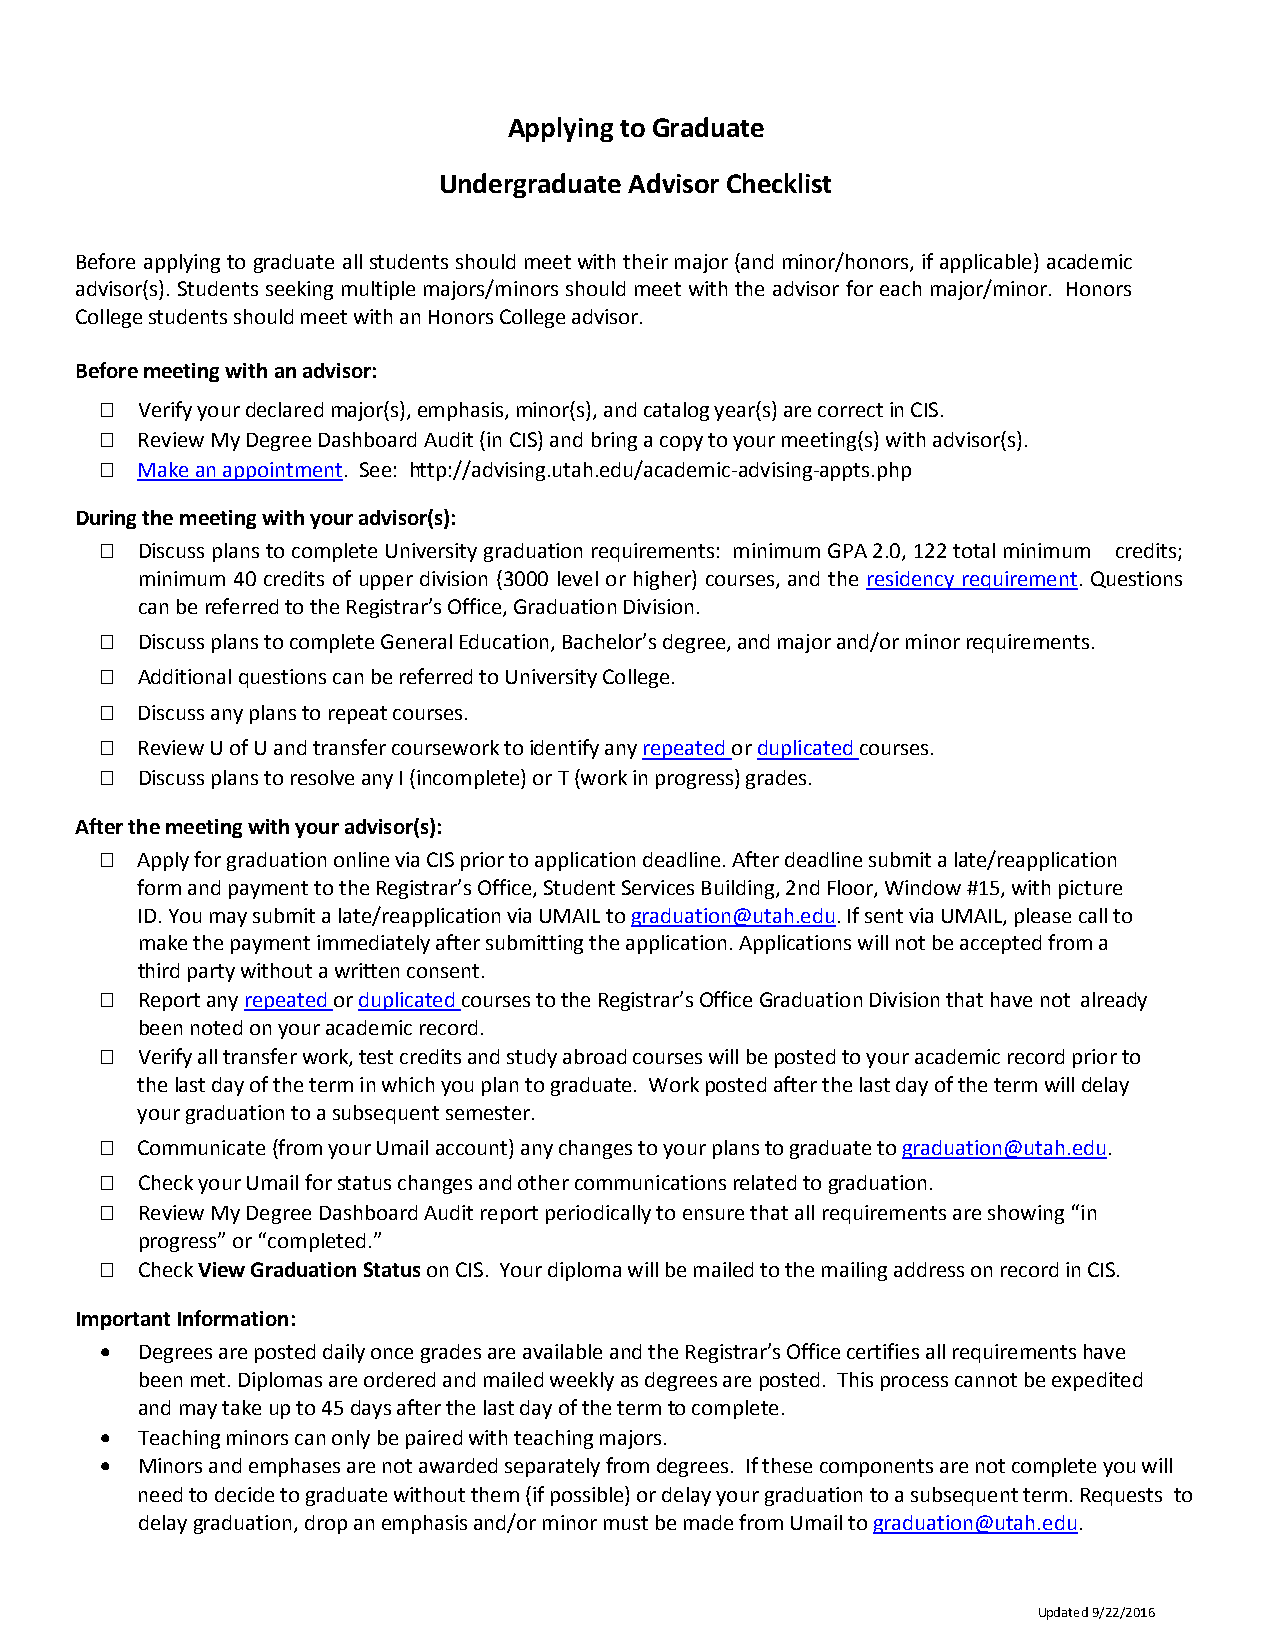
Applying to Graduate
 Undergraduate Advisor Checklist
 Before applying to graduate all students should meet with their major (and minor/honors, if applicable) academic
 advisor(s). Students seeking multiple majors/minors should meet with the advisor for each major/minor. Honors
 College students should meet with an Honors College advisor.
 Before meeting with an advisor:
  Verify your declared major(s), emphasis, minor(s), and catalog year(s) are correct in CIS.
  Review My Degree Dashboard Audit (in CIS) and bring a copy to your meeting(s) with advisor(s).
  Make an appointment. See: http://advising.utah.edu/academic-advising-appts.php
 During the meeting with your advisor(s):
  Discuss plans to complete University graduation requirements: minimum GPA 2.0, 122 total minimum credits;
 minimum 40 credits of upper division (3000 level or higher) courses, and the residency requirement. Questions
 can be referred to the Registrar’s Office, Graduation Division.
  Discuss plans to complete General Education, Bachelor’s degree, and major and/or minor requirements.
  Additional questions can be referred to University College.
  Discuss any plans to repeat courses.
  Review U of U and transfer coursework to identify any repeated or duplicated courses.
  Discuss plans to resolve any I (incomplete) or T (work in progress) grades.
 After the meeting with your advisor(s):
  Apply for graduation online via CIS prior to application deadline. After deadline submit a late/reapplication
 form and payment to the Registrar’s Office, Student Services Building, 2nd Floor, Window #15, with picture
 ID. You may submit a late/reapplication via UMAIL to graduation@utah.edu. If sent via UMAIL, please call to
 make the payment immediately after submitting the application. Applications will not be accepted from a
 third party without a written consent.
  Report any repeated or duplicated courses to the Registrar’s Office Graduation Division that have not already
 been noted on your academic record.
  Verify all transfer work, test credits and study abroad courses will be posted to your academic record prior to
 the last day of the term in which you plan to graduate. Work posted after the last day of the term will delay
 your graduation to a subsequent semester.
  Communicate (from your Umail account) any changes to your plans to graduate to graduation@utah.edu.
  Check your Umail for status changes and other communications related to graduation.
  Review My Degree Dashboard Audit report periodically to ensure that all requirements are showing “in
 progress” or “completed.”
  Check View Graduation Status on CIS. Your diploma will be mailed to the mailing address on record in CIS.
 Important Information:
 • Degrees are posted daily once grades are available and the Registrar’s Office certifies all requirements have
 been met. Diplomas are ordered and mailed weekly as degrees are posted. This process cannot be expedited
 and may take up to 45 days after the last day of the term to complete.
 • Teaching minors can only be paired with teaching majors.
 • Minors and emphases are not awarded separately from degrees. If these components are not complete you will
 need to decide to graduate without them (if possible) or delay your graduation to a subsequent term. Requests to
 delay graduation, drop an emphasis and/or minor must be made from Umail to graduation@utah.edu.
 Updated 9/22/2016